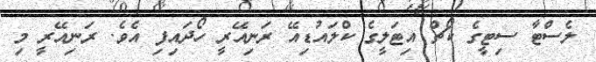
ލެސްޓާ ސިޓީގެ ކޯޗް އިޓަލީގެ ކްލައުޑިއޭ ރަނިއޭރީ ހޯދައިފި އެވެ. ރަނިއޭރީ މި